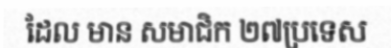
ដែល មាន សមាជិក ២៧ប្រទេស